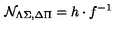
{ \cal N } _ { \Lambda \Sigma , \Delta \Pi } = h \cdot f ^ { - 1 }